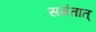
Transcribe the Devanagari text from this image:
समंतात्